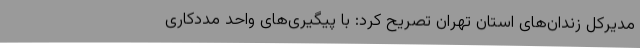
مدیرکل زندان‌های استان تهران تصریح کرد: با پیگیری‌های واحد مددکاری